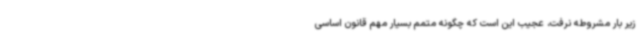
زیر بار مشروطه نرفت، عجیب این است که چگونه متمم بسیار مهم قانون اساسی